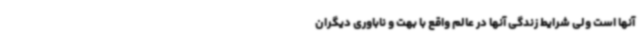
آنها است ولی شرایط زندگی آنها در عالم واقع با بهت و ناباوری دیگران